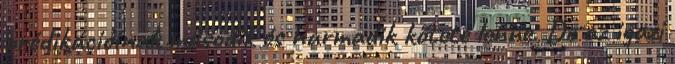
prédikációinak második és harmadik kötete lenne. De az igazi